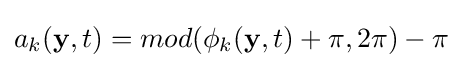
a_{k}(\mathbf {y} ,t)=mod(\phi _{k}(\mathbf {y} ,t)+\pi ,2\pi )-\pi